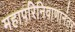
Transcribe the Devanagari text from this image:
महापरिनिवाणानंतर